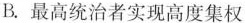
B.最高统治者实现高度集权